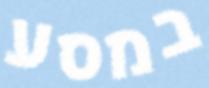
במסע